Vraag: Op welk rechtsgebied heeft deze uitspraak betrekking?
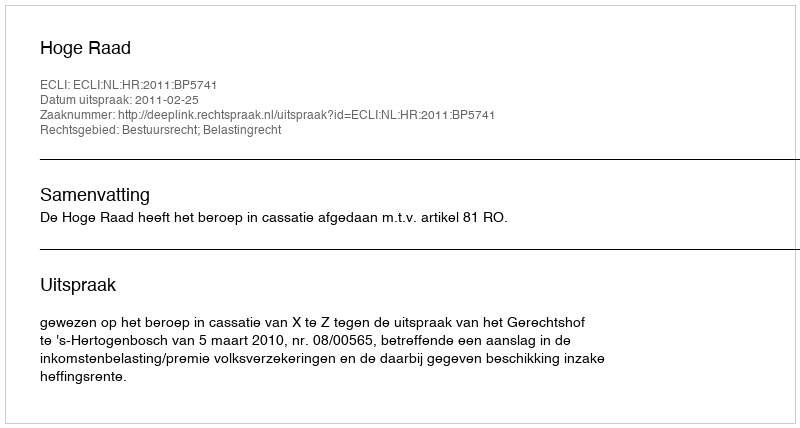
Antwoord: Bestuursrecht; Belastingrecht